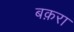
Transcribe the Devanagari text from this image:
बक़रा